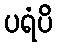
ပရံပိ